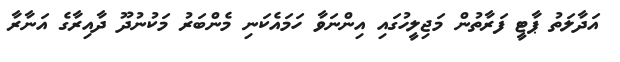
އަދާލަތު ޕާޓީ ފަރާތުން މަޖިލީހުގައި އިންނަވާ ހަމައެކަނި މެންބަރު މަކުނުދޫ ދާއިރާގެ އަނާރާ